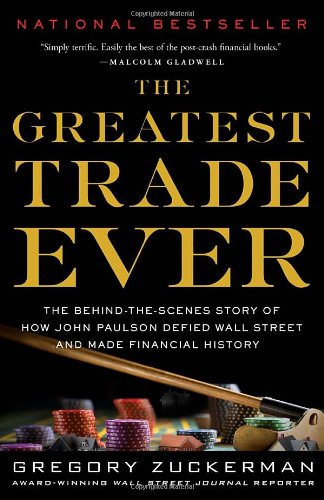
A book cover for The Greatest Trade Ever: The Behind-the-Scenes Story of How John Paulson Defied Wall Street and Made Financial History; Gregory Zuckerman; Business & Money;